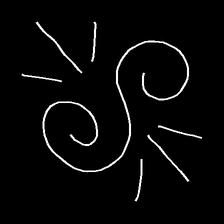
Glyph: wind-directs-air